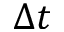
\Delta t